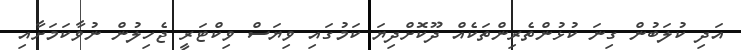
އަދި ކުލަބުން ގިނަ ކުޅުންތެރިންތަކެއް ދޫކޮށްދިޔަ ކަމުގައި ވިޔަސް ވިކްޓަރީ ޖެހިލުން ނުވާކަމަށާއި